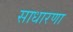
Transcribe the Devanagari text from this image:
साधारणा